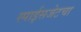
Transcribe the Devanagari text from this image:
स्पाईसजेटचा